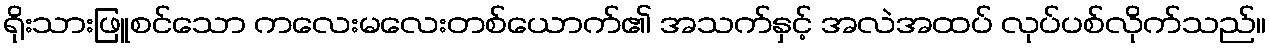
ရိုးသားဖြူစင်သော ကလေးမလေးတစ်ယောက်၏ အသက်နှင့် အလဲအထပ် လုပ်ပစ်လိုက်သည်။